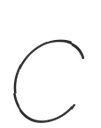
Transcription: C